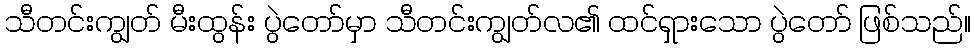
သီတင်းကျွတ် မီးထွန်း ပွဲတော်မှာ သီတင်းကျွတ်လ၏ ထင်ရှားသော ပွဲတော် ဖြစ်သည်။